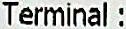
TERMINAL :